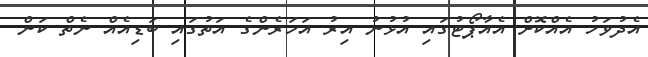
އެދުވަހު އެއްކޮށް އެއާޕޯޓުގައި އުޅުނު އިރު އަހަރެންގެ އަތުގައި ބަޑިއެއް ނެތް ކަން